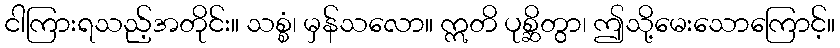
ငါကြားရသည့်အတိုင်း။ သစ္စံ၊ မှန်သလော။ ဣတိ ပုစ္ဆိတွာ၊ ဤသို့မေးသောကြောင့်။